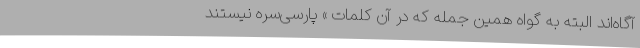
آگاه‌اند البته به گواه همین جمله که در آن کلمات » پارسی‌سره نیستند